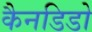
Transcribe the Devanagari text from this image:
कैनडिडो